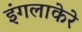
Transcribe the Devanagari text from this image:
इंगलाकेरे